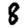
Digit: 8